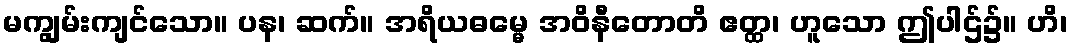
မကျွမ်းကျင်သော။ ပန၊ ဆက်။ အရိယဓမ္မေ အဝိနီတောတိ ဧတ္ထ၊ ဟူသော ဤပါဌ်၌။ ဟိ၊